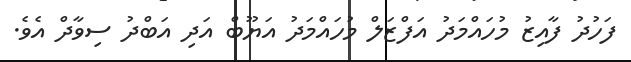
ފަހުދު ފާއިޒު މުހައްމަދު އަފްޒަލް މުހައްމަދު އަޔޫބް އަދި އަބްދު ސިވާދް އެވެ.